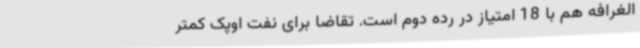
الغرافه هم با 18 امتیاز در رده دوم است. تقاضا برای نفت اوپک کمتر